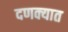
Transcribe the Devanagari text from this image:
दणक्यात